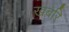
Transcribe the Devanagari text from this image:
खबरि